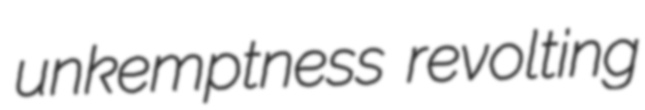
unkemptness revolting